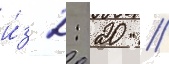
и́з 2: 20 //